Annual report on the working of the mental hospitals in the Madras Presidency - 1912-1932
Year: 1912
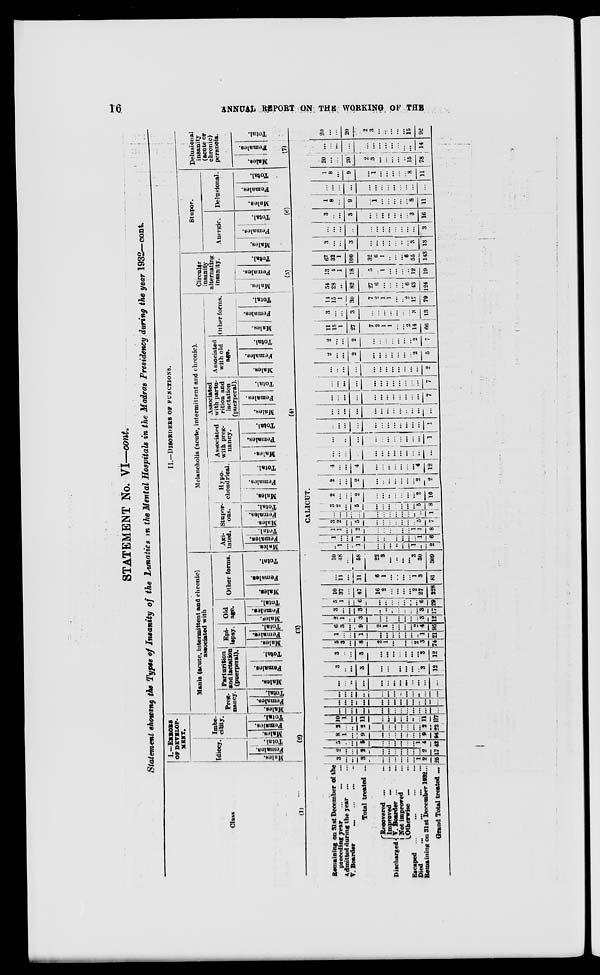
16
ANNUAL
REPORT ON THE WORKING OF THE
STATEMENT No. VI—cont.
Statement showing the Types of Insanity of the Lunatics in the Mental Hospitals in the Madras Presidency during the year 1932—cont.
Class
(1)
I.—ERRORS
OF DEVELOP-
MENT.
Idiocy.
Males.
Females.
Total.
Imbe-
cility.
Males.
Females.
Tot al .
(2)
II.—DISORDERS OF FUNCTIONS.
Mania (acute, intermittent and chronic)
associated with
Preg-
nancy.
Males.
Females.
Total.
Parturition
and lactation
(puerperal).
Males.
Females.
Total.
Epilepsy.
Males.
Females.
Total.
Old
age.
Males.
Females.
Total.
Other forms.
Males.
Females.
Total.
(3)
Melancholia (acute, intermittent and chronic).
Agi-
tated.
Males.
Females.
Total.
Stupor
ous.
Males.
Females.
Total.
Hypo-
chondrical.
Males.
Females.
Total.
Associated
with preg-
nancy.
Males.
Females.
Total.
Associated
with partu-
rition and
lactation
(puerperal).
Males.
Females.
Total.
Associated
with old
age.
Males.
Females.
Total.
Other forms.
Males.
Females.
Total.
(4)
Circular
insanity
alternating
insanity.
Males.
Females.
Total.
(5)
Stupor.
Anergic.
Males.
Females.
Total.
Delusional.
Males.
Females.
Total.
(6)
Delusional
insanity
(acute or
chronic)
peranoia.
Males.
Females.
Total.
(7)
CALICUT.
Remaining on 31st December of the
preceding year
...
...
...
Admitted during the year ...
V. Boarder ... ... ... ...
Total treated ...
Discharged
Recovered ... ...
Improved ... ...
V. Boarder ... ...
Not improved ...
Otherwise
...
...
Escaped
...
...
...
...
Died ... ... ... ...
Remaining on 31st December 1932 ...
Grand Total treated ...
3
...
...
3
...
...
...
...
...
...
1
2
25
2
...
...
2
...
...
...
...
...
...
...
2
17
5
...
...
5
...
...
...
...
...
...
1
4
42
8
1
...
9
...
...
...
...
...
...
...
9
94
2
...
...
2
...
...
...
...
...
...
...
2
23
10
1
...
11
...
...
...
...
...
...
...
11
117
...
...
...
...
...
...
...
...
...
...
...
...
...
...
...
...
...
...
...
...
...
...
...
...
...
...
...
...
...
...
...
...
...
...
...
...
...
...
...
...
...
...
...
...
...
...
...
...
...
...
...
...
3
...
...
3
...
...
...
...
...
...
...
3
12
3
...
...
3
...
...
...
...
...
...
...
3
12
5
3
...
8
2
1
...
...
...
...
2
3
74
1
...
...
1
...
...
...
...
...
...
...
1
21
6
3
...
9
2
1
...
...
...
...
2
4
95
2
1
...
3
...
...
...
...
...
...
...
3
12
3
...
...
3
...
...
...
...
...
...
...
3
17
5
1
...
6
...
...
...
...
...
...
...
6
29
10
37
...
47
16
2
...
...
...
...
2
27
228
...
11
...
11
6
1
...
...
...
...
1
3
81
10
48
...
58
22
3
...
...
...
...
3
30
309
...
1
...
1
...
...
...
...
...
...
1
...
2
1
...
...
1
...
...
...
...
...
...
...
1
6
1
1
...
2
...
...
...
...
...
...
1
1
8
3
2
...
5
...
...
...
...
...
...
...
5
7
...
...
...
...
...
...
...
...
...
...
...
...
1
3
2
...
5
...
...
...
...
...
...
...
5
8
2
...
...
2
...
...
...
...
...
...
...
2
10
2
...
...
2
...
...
...
...
...
...
...
2
2
4
...
...
4
...
...
...
...
...
...
...
4
12
...
...
...
...
...
...
...
...
...
...
...
...
...
...
...
...
...
...
...
...
...
...
...
...
...
1
...
...
...
...
...
...
...
...
...
...
...
...
1
...
...
...
...
...
...
...
...
...
...
...
...
...
...
...
...
...
...
...
...
...
...
...
...
...
7
...
...
...
...
...
...
...
...
...
...
...
...
7
...
...
...
...
...
...
...
...
...
...
...
...
2
2
...
...
2
...
...
...
...
...
...
...
2
5
2
...
...
2
...
...
...
...
...
...
...
2
7
11
15
1
27
7
2
1
1
...
...
2
14
66
3
...
...
3
...
...
...
...
...
...
...
3
13
14
15
1
30
7
2
1
1
...
...
2
17
79
54
28
...
82
27
6
...
...
...
...
6
43
124
13
4
1
18
5
...
1
...
...
...
...
12
19
67
32
1
100
32
6
1
...
...
...
6
55
143
3
...
...
3
...
...
...
...
...
...
...
3
13
...
...
...
...
...
...
...
...
...
...
...
...
3
3
...
...
3
...
...
...
...
...
...
...
3
16
1
8
...
9
...
1
...
...
...
...
...
8
11
...
...
...
...
...
...
...
...
...
...
...
...
...
1
8
...
9
...
1
...
...
...
...
...
8
11
20
...
...
20
2
3
...
...
...
...
...
15
78
...
...
...
...
...
...
...
...
...
...
...
...
14
20
...
...
20
2
3
...
...
...
...
...
15
92